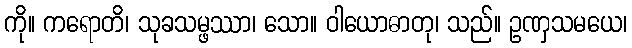
ကို။ ကရောတိ၊ သုခသမ္ဖဿာ၊ သော။ ဝါယောဓာတု၊ သည်။ ဥဏှသမယေ၊